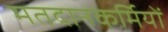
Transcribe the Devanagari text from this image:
मतदानकर्मियों